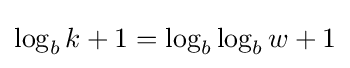
\log _{b}k+1=\log _{b}\log _{b}w+1